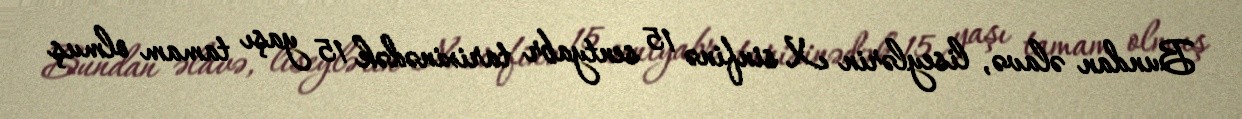
Bundan əlavə, liseylərin X sinfinə 15 sentyabr tarixinədək 15 yaşı tamam olmuş